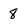
Character: 8